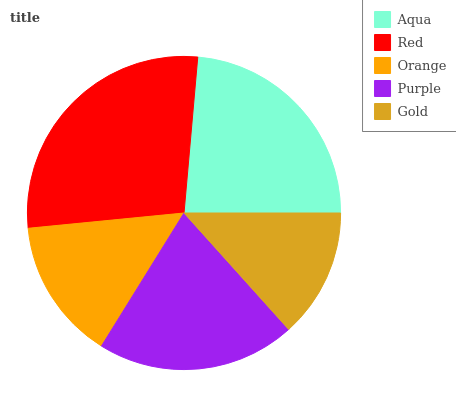
| Aqua | Red | Orange | Purple | Gold |
 | --- | --- | --- | --- | --- |
 | 23.5% | 28% | 14.6% | 20.5% | 13.3% |